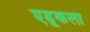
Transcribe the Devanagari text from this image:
एडूकला